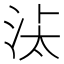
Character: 𱦌